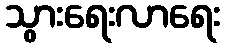
သွားရေးလာရေး